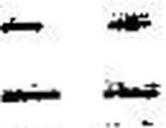
— —